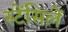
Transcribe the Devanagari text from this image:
स्टेंसिलें